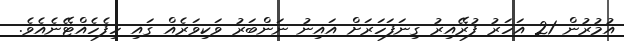
އުމުރުން 21 އަހަރު ފުރޭއިރު ގިނަފަހަރަށް އައިނު ނަންބަރު ވަކިވަރެއް ގައި ހިފެހެއްޓޭނެއެވެ.